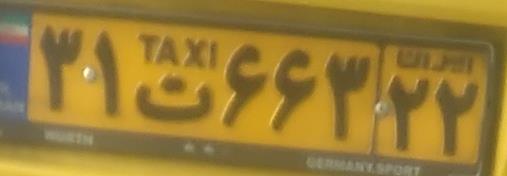
۳۱ت۶۶۳۲۲